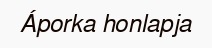
Áporka honlapja